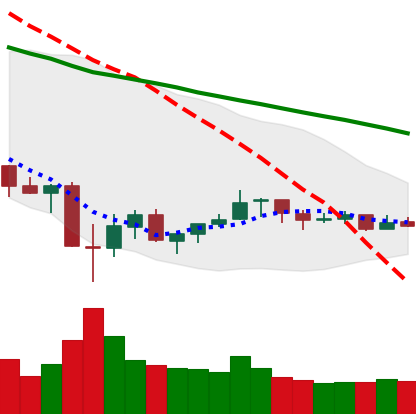
Ticker: XLM-USD
Chart end date: 2021-07-07
Forward return: -6.883%
Label: down_5_7